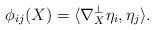
LaTeX: \begin{align*} \phi_{ij}(X)=\langle\nabla^\perp_X \eta_i,\eta_j\rangle.\end{align*}